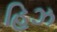
હિઝ